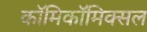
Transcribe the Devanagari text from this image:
काॅमिकॉमिक्सल